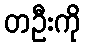
တဦးကို